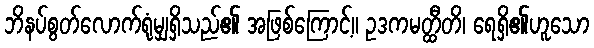
ဘိနပ်စွတ်လောက်ရုံမျှရှိသည်၏ အဖြစ်ကြောင့်။ ဥဒကမတ္ထီတိ၊ ရေရှိ၏ဟူသော